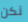
نكن